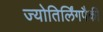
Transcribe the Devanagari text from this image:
ज्योतिर्लिंगपैकी